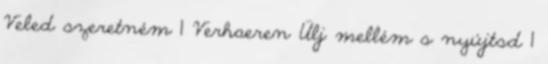
Veled szeretném 1 Verhaeren Ülj mellém s nyújtsd 1